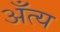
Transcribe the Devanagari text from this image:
अँत्य